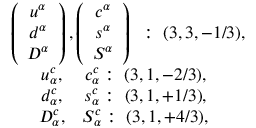
\begin{array} { c } { { \begin{array} { c c } { { \left( \begin{array} { c } { { u ^ { \alpha } } } \\ { { d ^ { \alpha } } } \\ { { D ^ { \alpha } } } \end{array} \right) , \left( \begin{array} { c } { { c ^ { \alpha } } } \\ { { s ^ { \alpha } } } \\ { { S ^ { \alpha } } } \end{array} \right) } } \end{array} : ~ ( 3 , 3 , - 1 / 3 ) , } } \\ { { \begin{array} { c c } { { \begin{array} { c } { { u _ { \alpha } ^ { c } , } } \\ { { d _ { \alpha } ^ { c } , } } \\ { { D _ { \alpha } ^ { c } , } } \end{array} \begin{array} { c } { { c _ { \alpha } ^ { c } : ~ ( 3 , 1 , - 2 / 3 ) , } } \\ { { s _ { \alpha } ^ { c } : ~ ( 3 , 1 , + 1 / 3 ) , } } \\ { { S _ { \alpha } ^ { c } : ~ ( 3 , 1 , + 4 / 3 ) , } } \end{array} } } \end{array} } } \end{array}